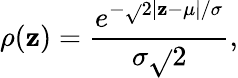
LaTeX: \rho(\mathbf{z})=\frac{{e^{-\sqrt{}{{2}}|\mathbf{z}-\mu|/\sigma}}}{{\sigma\sqrt{}{{2}}}},